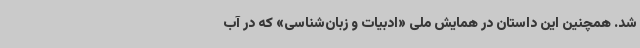
شد. همچنین این داستان در همایش ملی «ادبیات و زبان‌شناسی» که در آب